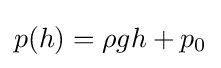
p(h)=\rho gh+p_{0}